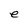
Character: e